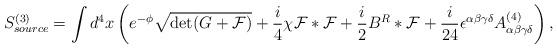
LaTeX: \begin{align*}S^{(3)}_{source} = \int d^4x \left(e^{-\phi} \sqrt{\det (G+{\cal F})} +{i\over4} \chi {\cal F} * {\cal F} + {i\over 2} B^R * {\cal F} +{i\over 24}\epsilon^{\alpha\beta\gamma\delta} A^{(4)}_{\alpha\beta\gamma\delta} \right),\end{align*}